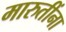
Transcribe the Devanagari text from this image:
मारुतींना